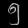
Digit: ၅